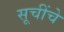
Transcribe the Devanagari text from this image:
सूचींचे